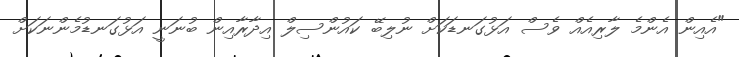
"އެއިން އެންމެ ލާރިއެއް ވެސް އަޅުގަނޑަކަށް ނުލިބޭ ކައުންސިލް އިދާރާއިން ބުނަނީ އަޅުގަނޑުމެންނަކަށް